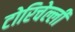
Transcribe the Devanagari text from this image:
टोरिचेल्ली